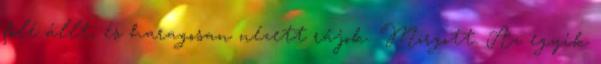
fölé állt, és haragosan nézett rájok. Morgott. Az egyik